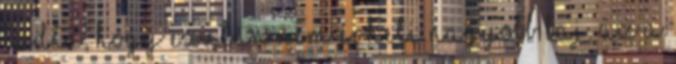
Tudta, hogy ezután nem érheti nagyobb baj. Az a